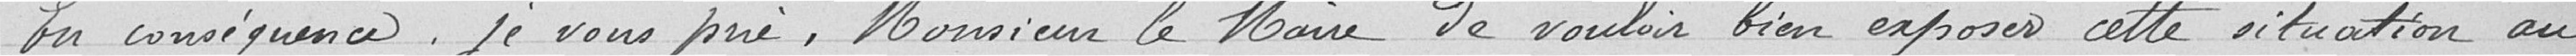
En conséquence, je vous prie, Monsieur le Maire, de vouloir bien exploser cette situation au